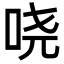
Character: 哓